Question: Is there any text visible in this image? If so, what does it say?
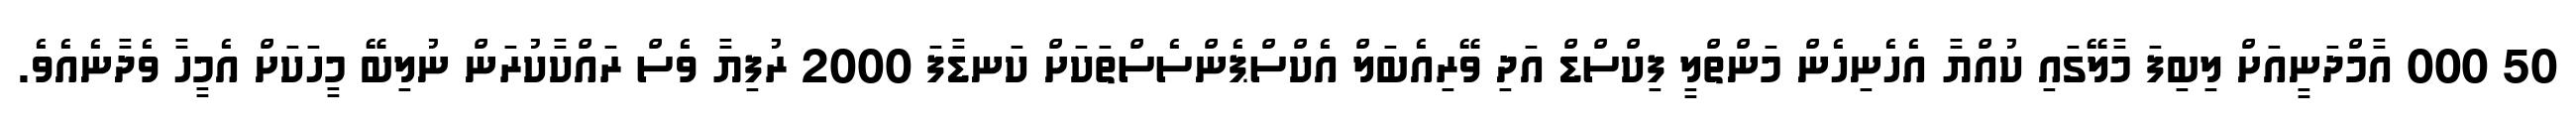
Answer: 50 000 އާމްދަނީއަށް ލިބިފަ މާލޭގައި ކުއްޔާ އެހެނިހެން މަންތްލީ ފިކްސްޑް އަދި ވޭރިއެބަލް އެކްސްޕެންސެސްތަކަށް ކަނޑާފަ 2000 ރުފިޔާ ވެސް ރައްކާކުރަން ނުލިބޭ މީހަކަށް އެމީހާ ވެދާނެއެވެ.